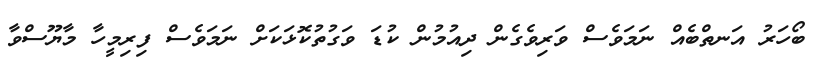
ބޯހަރު އަނތްބެއް ނަމަވެސް ވަރިވެގެން ދިއުމުން ކުޑަ ވަގުތުކޮޅަކަށް ނަމަވެސް ފިރިމީހާ މާޔޫސްވާ